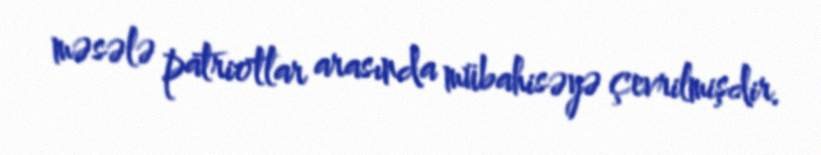
məsələ patriotlar arasında mübahisəyə çevrilmişdir.